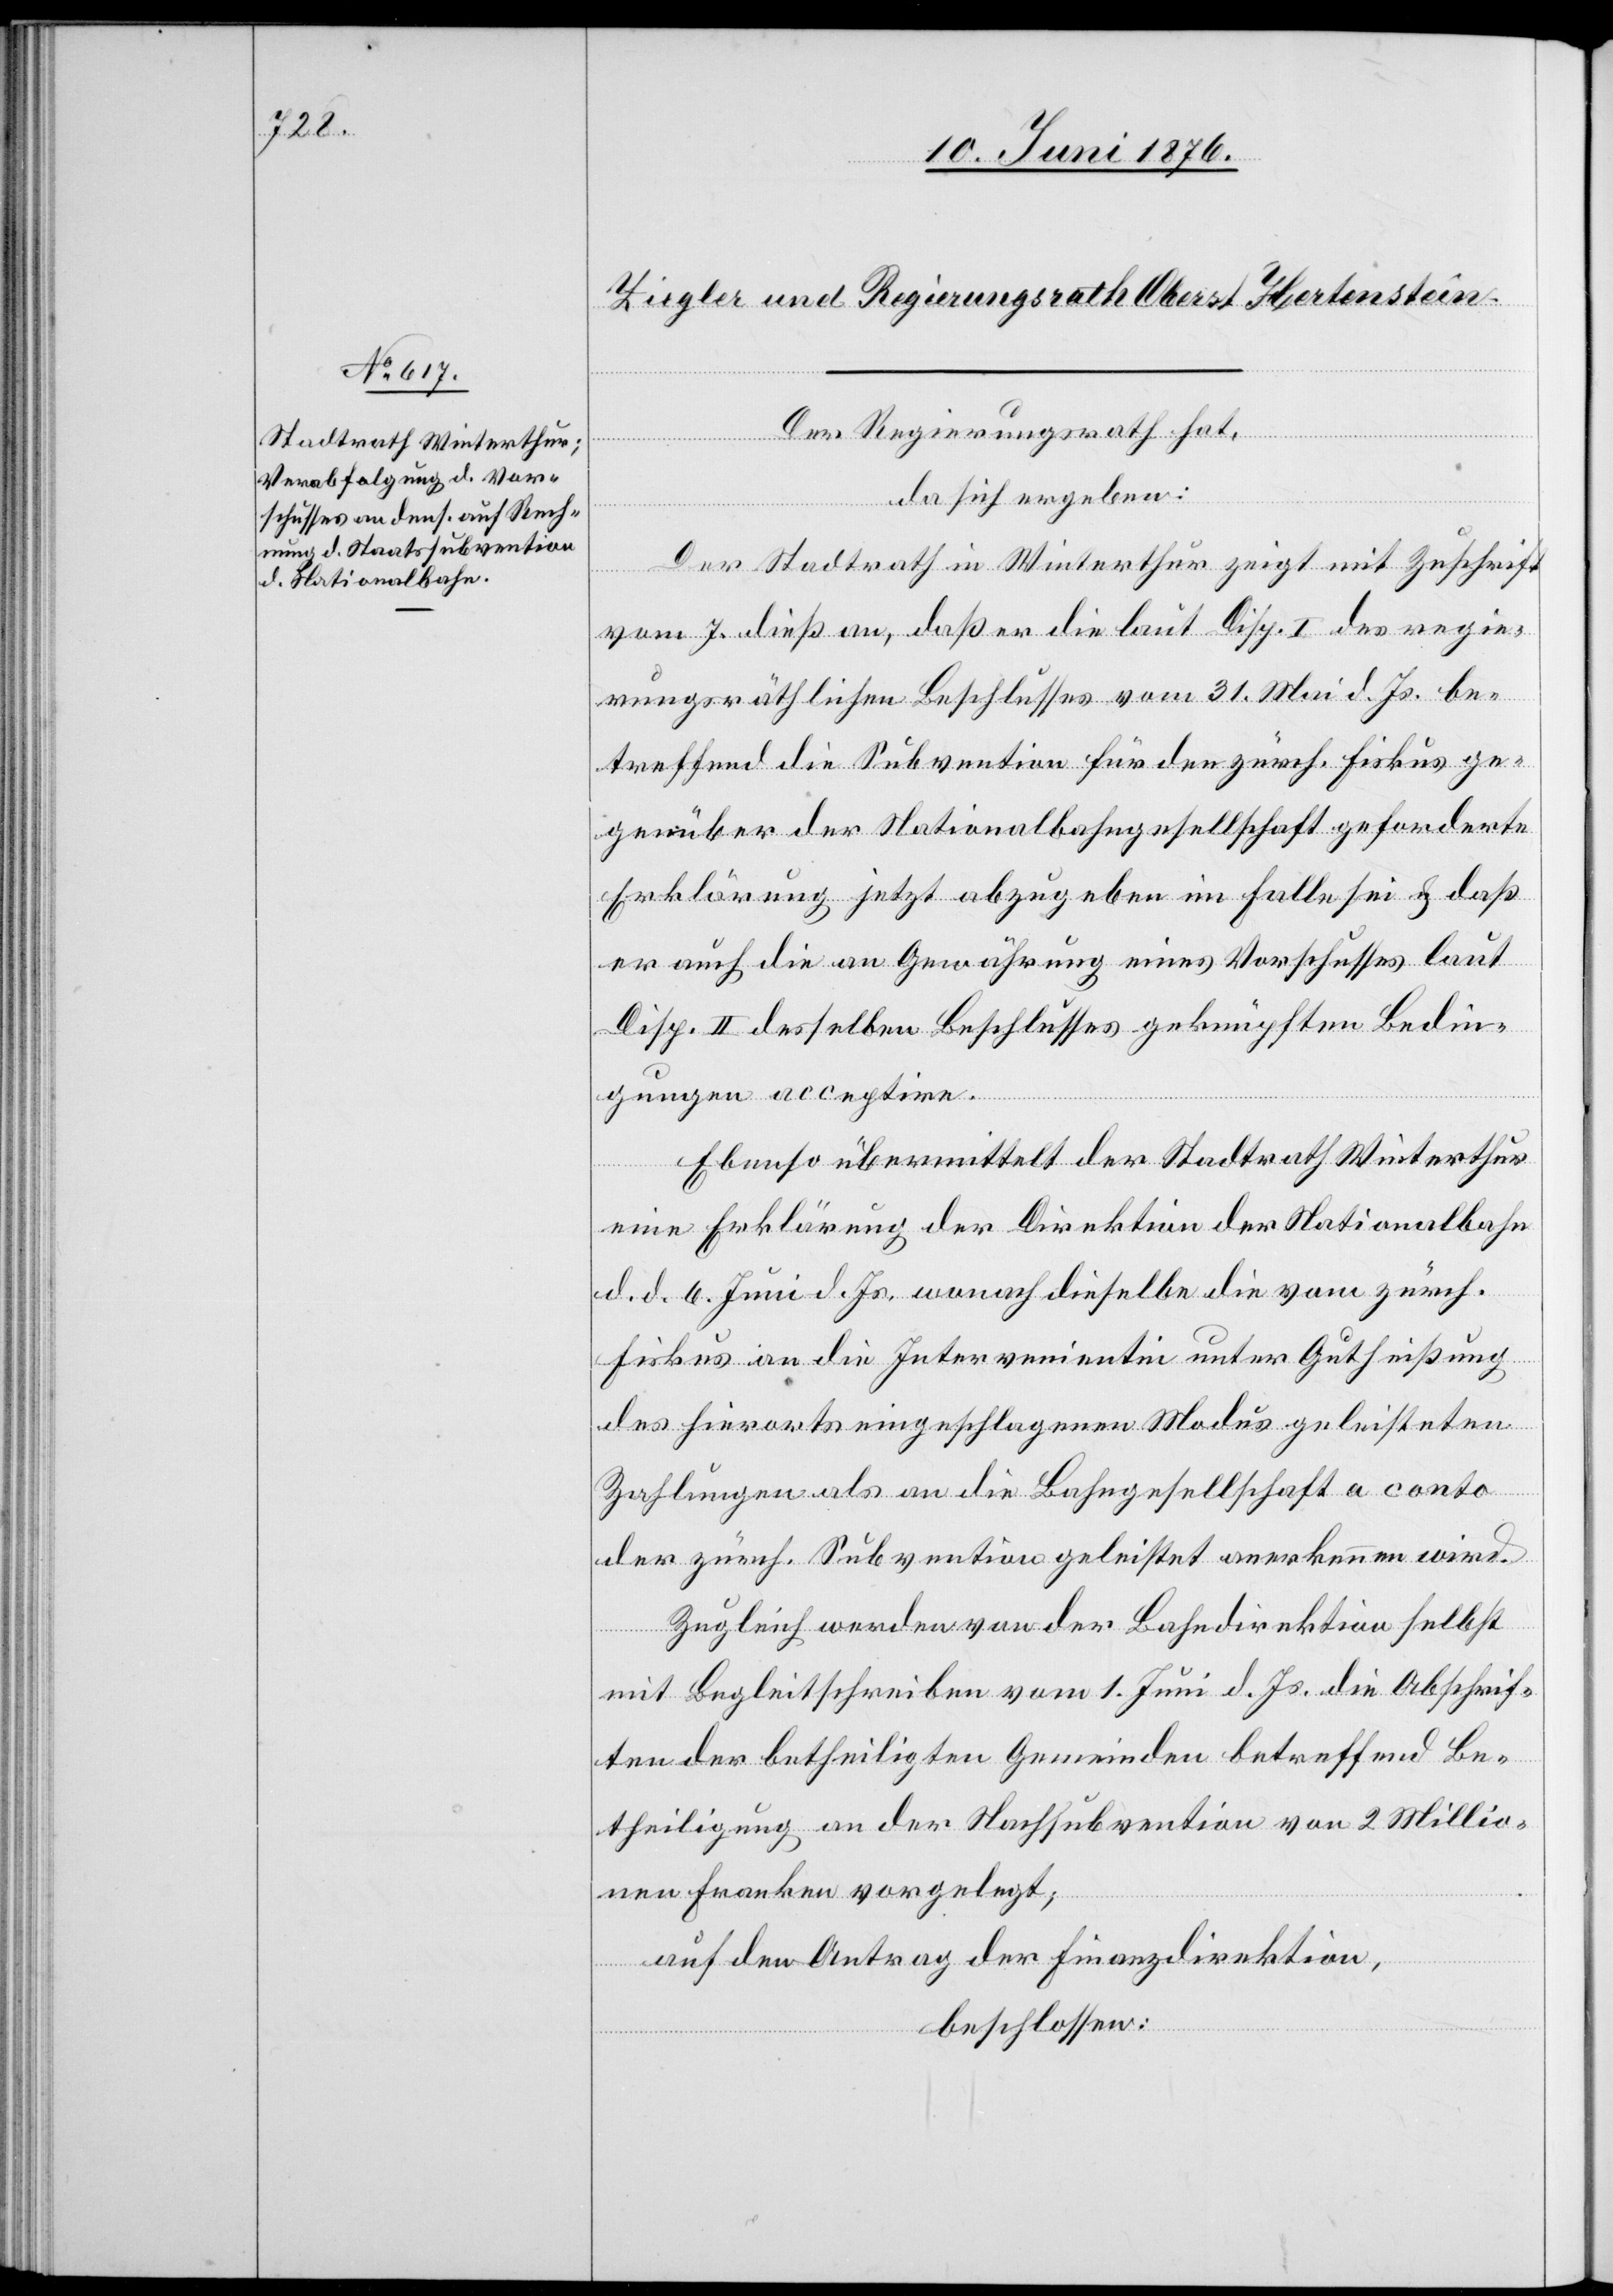
der Nationalbahn

Der Regierungsrath hat,
da sich ergeben:
Erklärung
Der Stadtrath in Winterthur zeigt mit Zuschrift
vom 7. dieß an, daß er die laut Disp. I des regie¬
rungsräthlichen Beschlusses vom 31. Mai d. Js. be¬
treffend die Subvention für den zürch. Fiskus ge¬
genüber der Nationalbahngesellschaft geforderte
Erklärung jetzt abzugeben im Falle sei & daß
er auch die an Gewährung eines Vorschusses laut
Disp. II desselben Beschlusses geknüpften Bedin¬
gungen acceptire.
eine
Ebenso übermittelt der Stadtrath Winterthur
d. d. 6. Juni d. Js., wonach dieselbe die vom zürch.
Fiskus an die Intervenientin unter Gutheißung
des hierorts eingeschlagenen Modus geleisteten
Zahlungen als an die Bahngesellschaft a conto
der zürch. Subvention geleistet anerkennen wird.
Zugleich werden von der Bahndirektion selbst
mit Begleitschreiben vom 1. Juni d. Js. die Abschrif¬
ten der betheiligten Gemeinden betreffend Be¬
theiligung an der Nachsubvention von 2 Millio¬
nen Franken vorgelegt;
auf den Antrag der Finanzdirektion,
beschlossen: